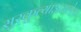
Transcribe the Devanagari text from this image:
सुरकुत्याअसलेला